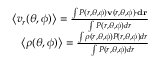
\begin{array} { r } { \left< v _ { r } ( \theta , \phi ) \right> = \frac { \int P ( r , \theta , \phi ) \mathbf { v } ( r , \theta , \phi ) \cdot \mathbf { d r } } { \int P ( r , \theta , \phi ) d r } } \\ { \left< \rho ( \theta , \phi ) \right> = \frac { \int \rho ( r , \theta , \phi ) P ( r , \theta , \phi ) d r } { \int P ( r , \theta , \phi ) d r } } \end{array}